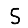
Digit: 5